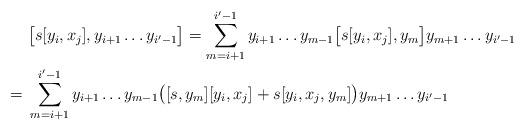
LaTeX: \begin{align*}& \bigl[ s [y_i, x_j], y_{i+1} \dots y_{i' - 1} \bigr] = \sum_{m=i+1}^{i'-1} y_{i+1} \dots y_{m-1} \bigl[ s [y_i, x_j], y_m \bigr] y_{m+1} \dots y_{i'-1}\\= \ & \sum_{m=i+1}^{i'-1} y_{i+1} \dots y_{m-1} \bigl( [s, y_m] [y_i, x_j] + s[y_i, x_j, y_m] \bigr) y_{m+1} \dots y_{i'-1}\end{align*}